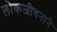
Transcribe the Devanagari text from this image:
लोकजीवनाने